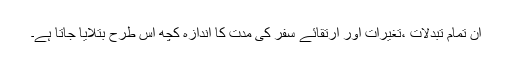
ان تمام تبدلات ،تغیرات اور ارتقائے سفر کی مدت کا اندازہ کچھ اس طرح بتلایا جاتا ہے۔